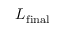
L _ { \mathrm { f i n a l } }